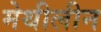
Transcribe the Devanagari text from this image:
मेथीलीन